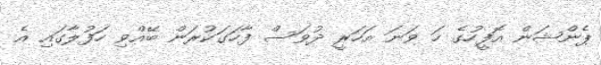
ޕެންޝަން އޮފީހުގެ ހަ ވަނަ އަަހަރީ ދުވަސް ފާހަގަކުރަން ބޭއްވި ހަފުލާގައި އެ